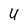
Character: 4